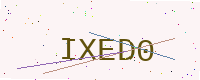
Text: IXED0